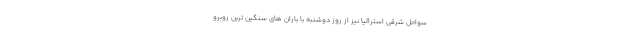
سواحل شرقی استرالیا نیز از روز دوشنبه با باران های سنگین ترین روبرو